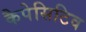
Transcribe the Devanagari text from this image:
कैपेसिटिव